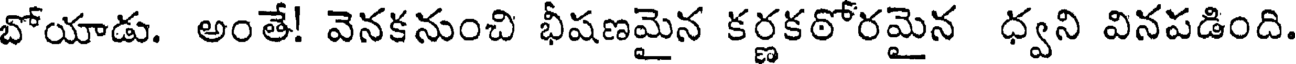
బోయాడు. అంతే! వెనకనుంచి భీషణమైన కర్ణకఠోరమైన ధ్వని వినపడింది